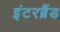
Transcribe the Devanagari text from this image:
इंटरब्रैंड